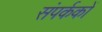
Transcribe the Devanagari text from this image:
संपर्ककों